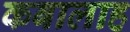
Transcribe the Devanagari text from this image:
कबालाह